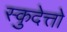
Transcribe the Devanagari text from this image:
स्कुदेत्तो